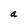
Character: a